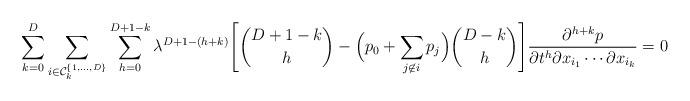
LaTeX: \begin{align*}\sum_{k=0}^D \sum_{i\in \mathcal{C}_k^{\{1,\dots,D\}}} \sum_{h=0}^{D+1-k} \lambda^{D+1-(h+k)} \Biggl[ \binom{D+1-k}{h} - \Bigl(p_0+\sum_{j\not \in i} p_j\Bigr)\binom{D-k}{h}\Biggr] \frac{\partial^{h+k} p}{\partial t^{h}\partial x_{i_1}\cdots \partial x_{i_k}} = 0\end{align*}